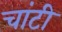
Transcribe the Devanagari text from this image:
चांटी